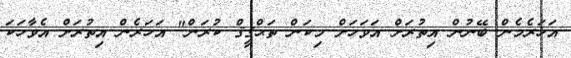
އަހަރެމެން ބޭނުން އިތުރަށް އަވަހަށް މިކަން ތަޙްޤީޤް ކުރަން" އަހަރެން އިތުރަށް އެވާހަކަ